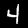
Label: 4